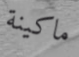
ماكينة